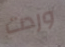
وردت